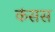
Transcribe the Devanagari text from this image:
कंसस